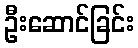
ဦးဆောင်ခြင်း